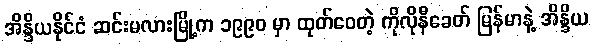
အိန္ဒိယနိုင်ငံ ဆင်းမလားမြို့က ၁၉၉၀ မှာ ထုတ်ဝေတဲ့ ကိုလိုနီခေတ် မြန်မာနဲ့ အိန္ဒိယ